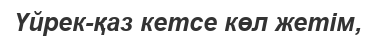
Үйрек-қаз кетсе көл жетім,